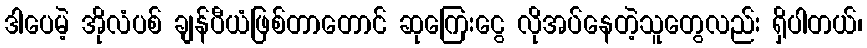
ဒါပေမဲ့ အိုလံပစ် ချန်ပီယံဖြစ်တာတောင် ဆုကြေးငွေ လိုအပ်နေတဲ့သူတွေလည်း ရှိပါတယ်၊